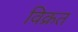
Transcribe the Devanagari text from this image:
विक्रत